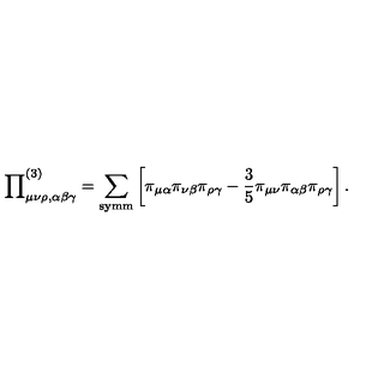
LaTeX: { \prod } _ { \mu \nu \rho , \alpha \beta \gamma } ^ { ( 3 ) } = \sum _ { \mathrm { s y m m } } \left[ \pi _ { \mu \alpha } \pi _ { \nu \beta } \pi _ { \rho \gamma } - \frac { 3 } { 5 } \pi _ { \mu \nu } \pi _ { \alpha \beta } \pi _ { \rho \gamma } \right] .